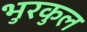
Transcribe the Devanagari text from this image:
भुरकुल